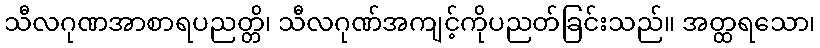
သီလဂုဏအာစာရပညတ္တိ၊ သီလဂုဏ်အကျင့်ကိုပညတ်ခြင်းသည်။ အတ္ထရသော၊